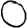
Digit: 0